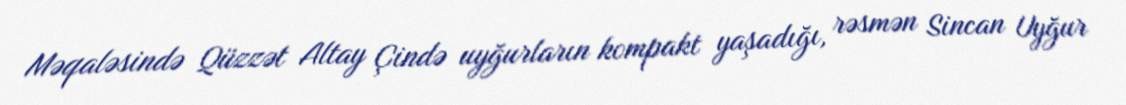
Məqaləsində Qüzzət Altay Çində uyğurların kompakt yaşadığı, rəsmən Sincan Uyğur